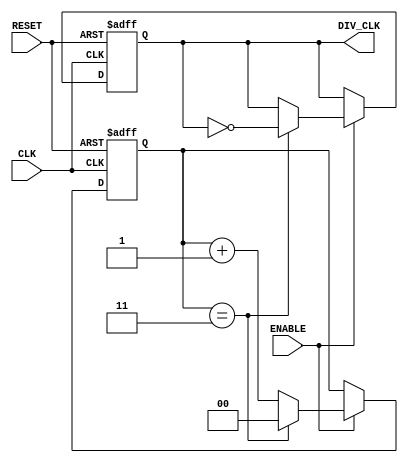
module frequency_divider_counter #(
    parameter M = 4 // Division factor (configurable)
)(
    input wire CLK,           // Input clock signal
    input wire RESET,         // Asynchronous reset signal
    input wire ENABLE,        // Enable signal to control counter operation
    output reg DIV_CLK        // Divided clock output
);

    // Counter variable
    reg [$clog2(M)-1:0] counter; // N-bit counter, N = ceil(log2(M))
    
    // Initialization
    initial begin
        counter = 0;
        DIV_CLK = 0;
    end

    // Always block for counting and toggling output clock
    always @(posedge CLK or posedge RESET) begin
        if (RESET) begin
            counter <= 0;        // Reset the counter
            DIV_CLK <= 0;       // Reset the output clock
        end
        else if (ENABLE) begin
            if (counter == M - 1) begin
                counter <= 0;    // Reset counter after reaching M-1
                DIV_CLK <= ~DIV_CLK; // Toggle the output clock
            end else begin
                counter <= counter + 1; // Increment counter
            end
        end
    end

endmodule